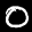
Label: 0